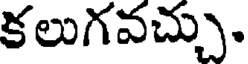
కలుగవచ్చు.